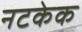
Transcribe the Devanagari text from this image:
नटकेक